Burma Government Medical School reports 1923-41
Year: 1923
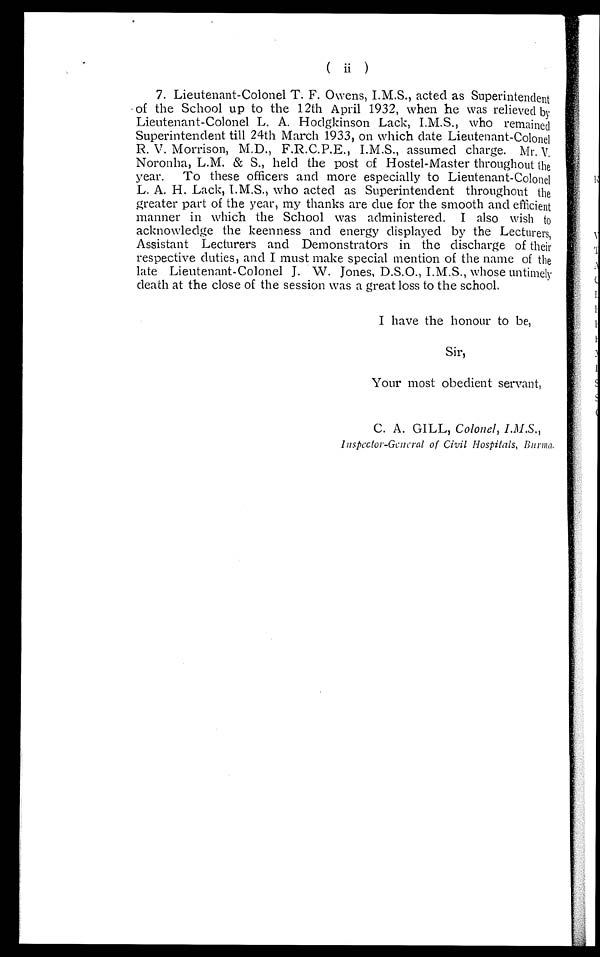
( i i )
7. Lieutenant-Colonel T. F. Owens, I.M.S., acted as Superintendent
of the School up to the 12th April 1932, when he was relieved by
Lieutenant-Colonel L. A. Hodgkinson Lack, I.M.S., who remained
Superintendent till 24th March 1933, on which date Lieutenant-Colonel
R. V. Morrison, M.D., F.R.C.P.E., I.M.S., assumed charge. Mr. V,
Noronha, L.M. & S., held the post of Hostel-Master throughout the
year. To these officers and more especially to Lieutenant-Colonel
L. A. H. Lack, I.M.S., who acted as Superintendent throughout the
greater part of the year, my thanks are due for the smooth and efficient
manner in which the School was administered. I also wish to
acknowledge the keenness and energy displayed by the Lecturers,
Assistant Lecturers and Demonstrators in the discharge of their
respective duties, and I must make special mention of the name of the
late Lieutenant-Colonel J. W. Jones, D.S.O., I.M.S., whose untimely
death at the close of the session was a great loss to the school.
I have the honour to be,
Sir,
Your most obedient servant,
C. A. GILL, Colonel, I.M.S.,
Inspector-General of Civil Hospitals, Burma.